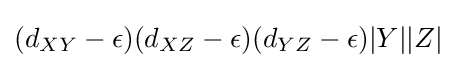
(d_{XY}-\epsilon )(d_{XZ}-\epsilon )(d_{YZ}-\epsilon )|Y||Z|